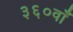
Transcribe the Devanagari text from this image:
३६०वाँ